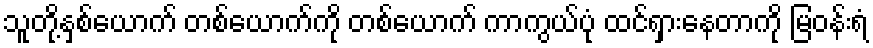
သူတို့နှစ်ယောက် တစ်ယောက်ကို တစ်ယောက် ကာကွယ်ပုံ ထင်ရှားနေတာကို မြဝန်းရံ